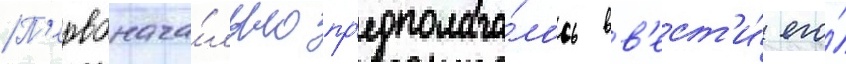
П'ервонача́льно пр'едполага́лось вв'ест'и́ его́